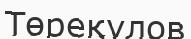
Төреқүлов